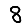
Digit: 8